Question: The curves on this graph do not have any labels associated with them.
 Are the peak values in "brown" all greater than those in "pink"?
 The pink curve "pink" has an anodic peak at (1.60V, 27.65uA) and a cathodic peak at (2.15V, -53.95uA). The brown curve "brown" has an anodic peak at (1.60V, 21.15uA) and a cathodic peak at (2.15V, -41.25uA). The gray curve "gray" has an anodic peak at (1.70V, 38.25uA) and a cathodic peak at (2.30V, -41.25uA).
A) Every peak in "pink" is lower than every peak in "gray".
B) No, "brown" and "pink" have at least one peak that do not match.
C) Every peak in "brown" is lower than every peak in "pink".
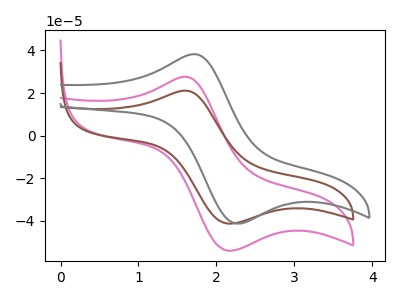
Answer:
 <answer>C) Every peak in "brown" is lower than every peak in "pink".</answer>
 <eval>C</eval>